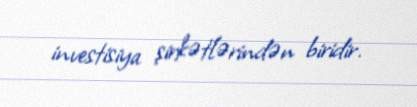
investisiya şirkətlərindən biridir.